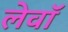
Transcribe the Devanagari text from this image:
लेवॉ